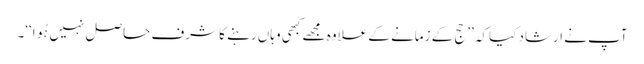
آپ نے ارشاد کیاکہ ’’حج کے زمانے کے علاوہ مجھے کبھی وہاں رہنے کا شرف حاصل نہیں ہُوا‘‘۔